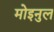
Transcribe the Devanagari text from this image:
मोइनुल